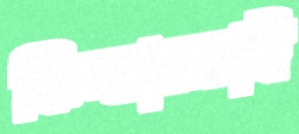
ফিল্ডাররাই